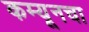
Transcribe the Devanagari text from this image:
कम्यूनचा